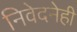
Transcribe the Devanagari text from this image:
निवेदनेही